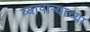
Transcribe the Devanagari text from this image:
व्यापार्‍याच्या